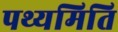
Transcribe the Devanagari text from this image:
पथ्यमिति